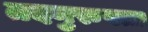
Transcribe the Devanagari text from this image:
तदनुरुपता